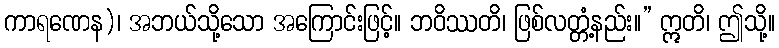
ကာရဏေန)၊ အဘယ်သို့သော အကြောင်းဖြင့်။ ဘဝိဿတိ၊ ဖြစ်လတ္တံ့နည်း။” ဣတိ၊ ဤသို့။